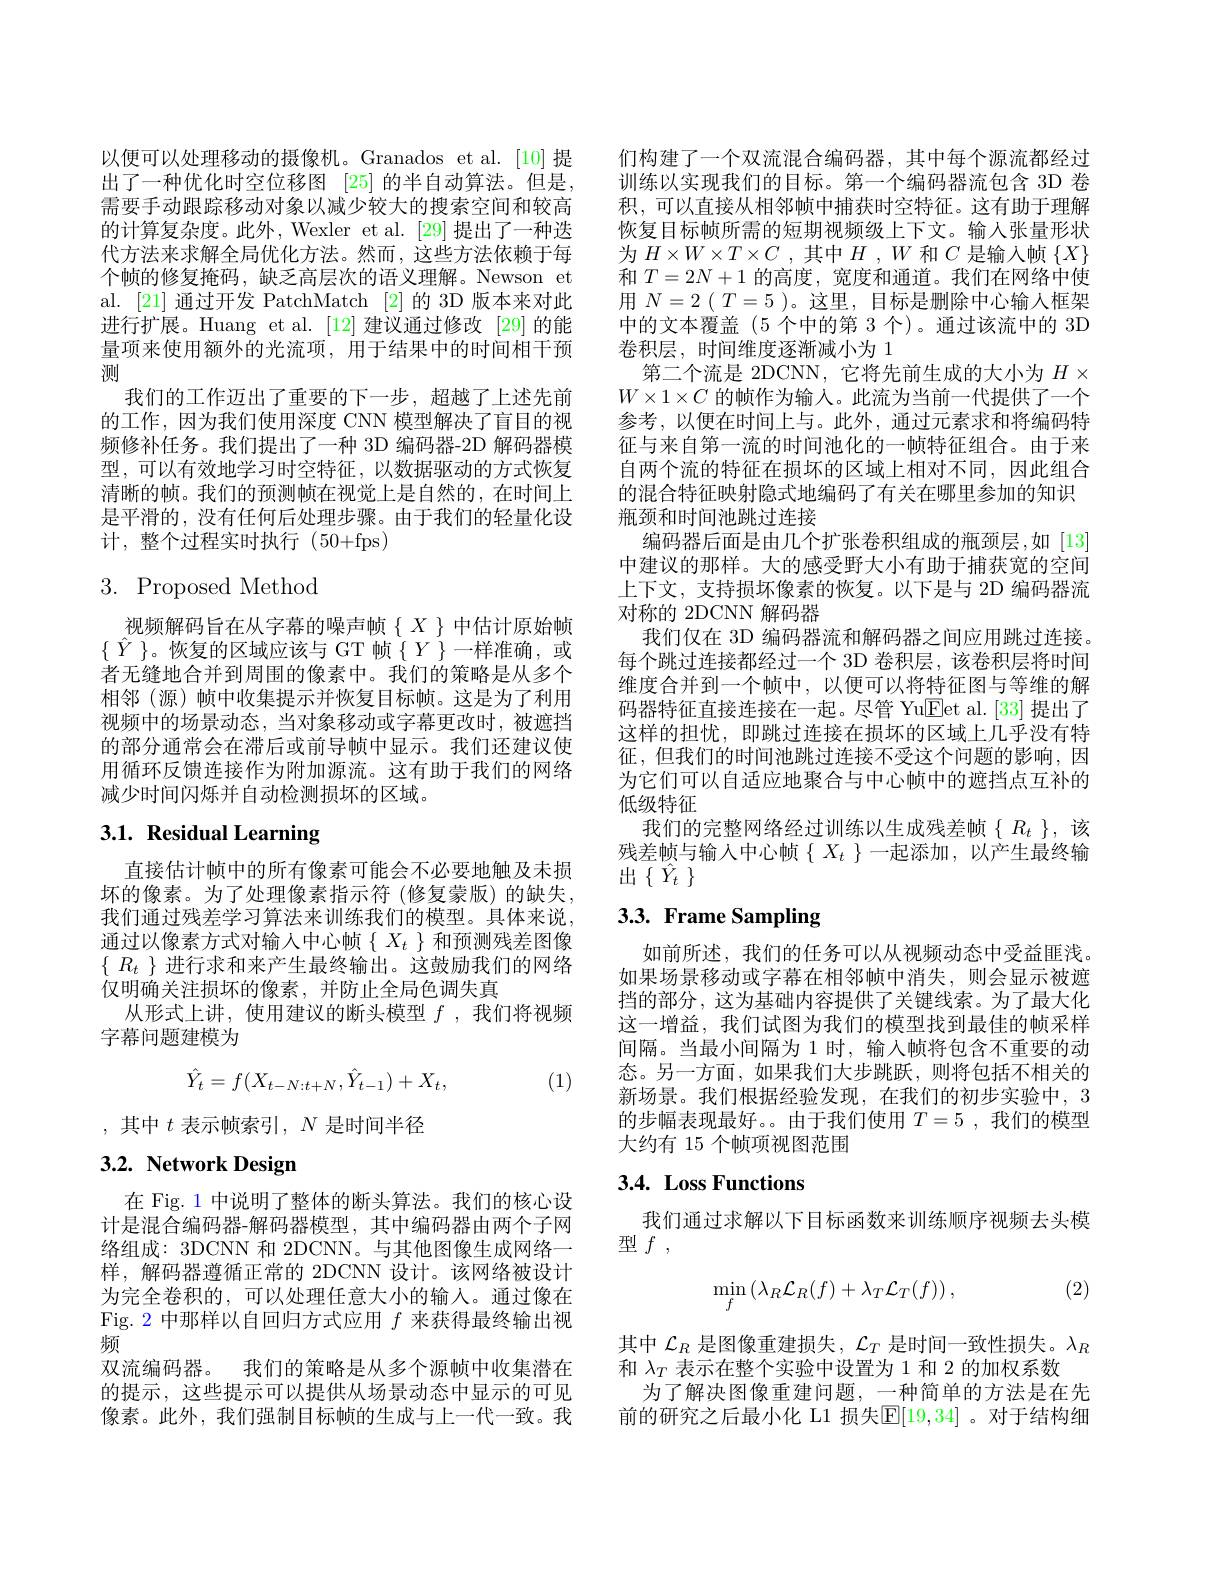
以便可以处理移动的摄像机。Granados et al.[10] 提出了一种优化时空位移图 [25] 的半自动算法。但是， 需要手动跟踪移动对象以减少较大的搜索空间和较高的计算复杂度。此外，Wexler et al. [29] 提出了一种迭代方法来求解全局优化方法。然而，这些方法依赖于每个帧的修复掩码，缺乏高层次的语义理解。Newson et al. [21] 通过开发 PatchMatch [2]的 3D 版本来对此进行扩展。Huang et al.[12]建议通过修改[29]的能量项来使用额外的光流项，用于结果中的时间相干预测
我们的工作迈出了重要的下一步，超越了上述先前的工作，因为我们使用深度 CNN 模型解决了盲目的视频修补任务。我们提出了一种 3D 编码器-2D 解码器模型，可以有效地学习时空特征，以数据驱动的方式恢复清晰的帧。我们的预测帧在视觉上是自然的，在时间上是平滑的，没有任何后处理步骤。由于我们的轻量化设计，整个过程实时执行(50+fps)

# 3. Proposed Method

视频解码旨在从字幕的噪声帧$\{X\}$中估计原始帧$\{\hat{Y}\}$。恢复的区域应该与 GT 帧$\{Y\}$一样准确，或者无缝地合并到周围的像素中。我们的策略是从多个相邻(源)帧中收集提示并恢复目标帧。这是为了利用视频中的场景动态，当对象移动或字幕更改时，被遮挡的部分通常会在滞后或前导帧中显示。我们还建议使用循环反馈连接作为附加源流。这有助于我们的网络减少时间闪烁并自动检测损坏的区域。

# 3.1. Residual Learning

直接估计帧中的所有像素可能会不必要地触及未损坏的像素。为了处理像素指示符 (修复蒙版) 的缺失， 我们通过残差学习算法来训练我们的模型。具体来说， 通过以像素方式对输人中心帧$\{X_t\}$和预测残差图像$\{\begin{array}{c}R_t\end{array}\}$进行求和来产生最终输出。这鼓励我们的网络仅明确关注损坏的像素，并防止全局色调失真
从形式上讲，使用建议的断头模型$f$ ,我们将视频
字幕问题建模为
$$\hat{Y}_t=f(X_{t-N:t+N},\hat{Y}_{t-1})+X_t,$$
(1)

,其中$t$表示帧索引$,N$是时间半径

# 3.2. Network Design

在 Fig. 1 中说明了整体的断头算法。我们的核心设计是混合编码器-解码器模型，其中编码器由两个子网络组成：3DCNN 和 2DCNN。与其他图像生成网络一样，解码器遵循正常的 2DCNN 设计。该网络被设计为完全卷积的，可以处理任意大小的输入。通过像在Fig. 2 中那样以自回归方式应用$f$来获得最终输出视频
双流编码器。我们的策略是从多个源帧中收集潜在的提示，这些提示可以提供从场景动态中显示的可见像素。此外，我们强制目标帧的生成与上一代一致。我

们构建了一个双流混合编码器，其中每个源流都经过训练以实现我们的目标。第一个编码器流包含 3D 卷积，可以直接从相邻帧中捕获时空特征。这有助于理解恢复目标帧所需的短期视频级上下文。输人张量形状为$H\times W\times T\times C$ ,其中$H$ , $W$和$C$是输入帧$\{X\}$ 和$T=2N+1$的高度 , 宽度和通道。我们在网络中使用$N=2(T=5$ )。这里，目标是删除中心输入框架中的文本覆盖(5 个中的第 3 个)。通过该流中的 3D 卷积层，时间维度逐渐减小为 1
第二个流是 2DCNN, 它将先前生成的大小为$H\times$ $W\times1\times C$的帧作为输入。此流为当前一代提供了一个参考，以便在时间上与。此外，通过元素求和将编码特征与来自第一流的时间池化的一帧特征组合。由于来自两个流的特征在损坏的区域上相对不同，因此组合的混合特征映射隐式地编码了有关在哪里参加的知识瓶颈和时间池跳过连接
编码器后面是由几个扩张卷积组成的瓶颈层，如 [13] 中建议的那样。大的感受野大小有助于捕获宽的空间上下文，支持损坏像素的恢复。以下是与 2D 编码器流对称的 2DCNN 解码器
我们仅在 3D 编码器流和解码器之间应用跳过连接。每个跳过连接都经过一个 3D 卷积层，该卷积层将时间维度合并到一个帧中，以便可以将特征图与等维的解码器特征直接连接在一起。尽管 Yu$\underline{\mathrm{Eet~al.~[33]}}$提出了这样的担忧，即跳过连接在损坏的区域上几乎没有特征，但我们的时间池跳过连接不受这个问题的影响，因为它们可以自适应地聚合与中心帧中的遮挡点互补的低级特征
我们的完整网络经过训练以生成残差帧$\{R_t\}$,该残差帧与输入中心帧$\left\{\begin{array}{c}X_t\end{array}\right\}$一起添加，以产生最终输出$\{\hat{Y}_t\}$

# 3.3. Frame Sampling

如前所述，我们的任务可以从视频动态中受益匪浅。如果场景移动或字幕在相邻帧中消失，则会显示被遮挡的部分，这为基础内容提供了关键线索。为了最大化这一增益，我们试图为我们的模型找到最佳的帧采样间隔。当最小间隔为 1 时，输入帧将包含不重要的动态。另一方面，如果我们大步跳跃，则将包括不相关的新场景。我们根据经验发现，在我们的初步实验中，3的步幅表现最好。。由于我们使用$T=5$ ,我们的模型大约有 15 个帧项视图范围

## 3.4. Loss Functions

我们通过求解以下目标函数来训练顺序视频去头模
型$f$,

(2)
$$\min_{f}\left(\lambda_{R}\mathcal{L}_{R}(f)+\lambda_{T}\mathcal{L}_{T}(f)\right),$$
其中$\mathcal{L}_R$是图像重建损失，$\mathcal{L}_T$是时间一致性损失
和$\lambda_T$表示在整个实验中设置为 1 和 2 的加权系数
为了解决图像重建问题，一种简单的方法是在先前的研究之后最小化 L1 损失$\mathbb{E}[19,34]$ 。对于结构细